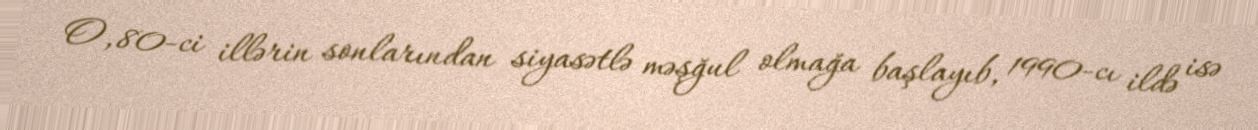
O, 80-ci illərin sonlarından siyasətlə məşğul olmağa başlayıb, 1990-cı ildə isə